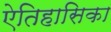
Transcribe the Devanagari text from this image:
ऐतिहासिका